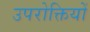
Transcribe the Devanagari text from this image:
उपरोक्तियों